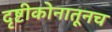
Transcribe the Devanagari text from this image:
दृष्टीकोनातूनच